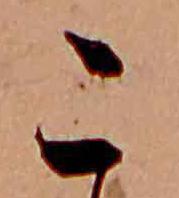
こ